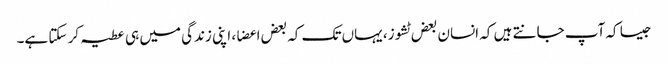
جیسا کہ آپ جانتے ہیں کہ انسان بعض ٹشوز، یہاں تک کہ بعض اعضا، اپنی زندگی میں ہی عطیہ کر سکتا ہے۔